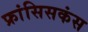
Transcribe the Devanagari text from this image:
फ्रांसिसकंस